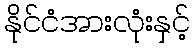
နိုင်ငံအားလုံးနှင့်